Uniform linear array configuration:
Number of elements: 8
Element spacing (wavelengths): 0.5
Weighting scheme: hann
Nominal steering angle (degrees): -60
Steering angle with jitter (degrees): -61.204
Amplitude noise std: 0.05
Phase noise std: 0.05

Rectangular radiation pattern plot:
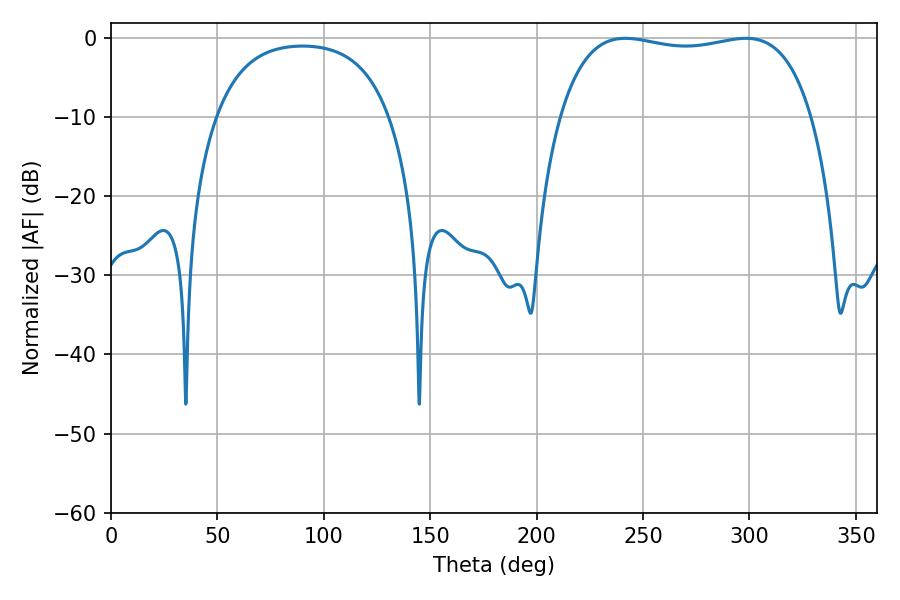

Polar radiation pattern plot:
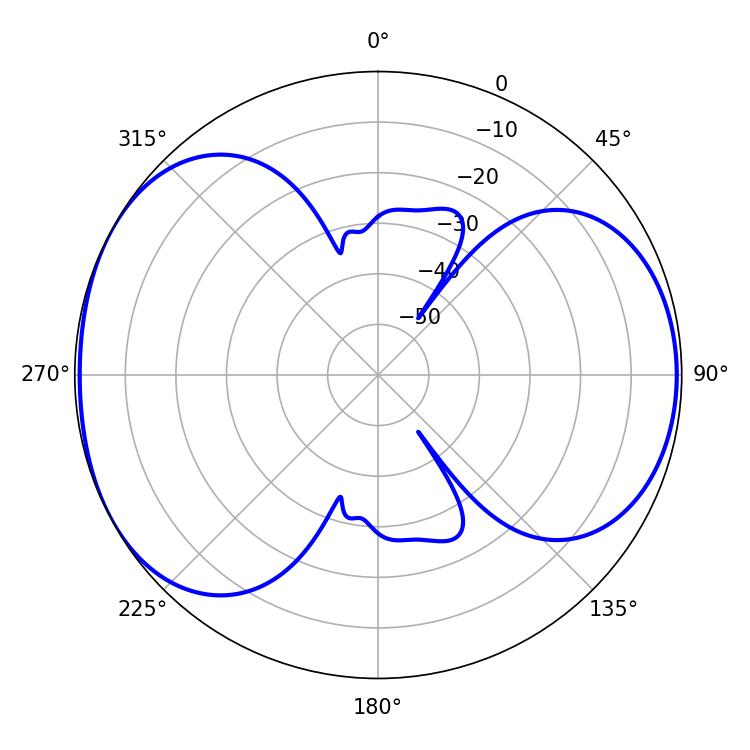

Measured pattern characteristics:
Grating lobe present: FALSE
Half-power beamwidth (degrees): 95.4
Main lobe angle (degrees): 241.56